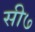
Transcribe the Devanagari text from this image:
सी७